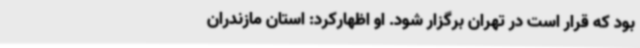
بود که قرار است در تهران برگزار شود. او اظهارکرد: استان مازندران